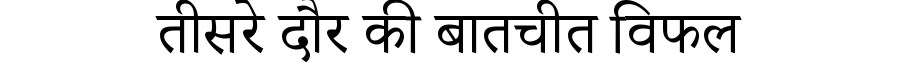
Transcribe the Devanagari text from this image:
तीसरे दौर की बातचीत विफल